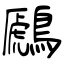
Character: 鷉